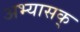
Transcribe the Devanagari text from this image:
अभ्यासक्